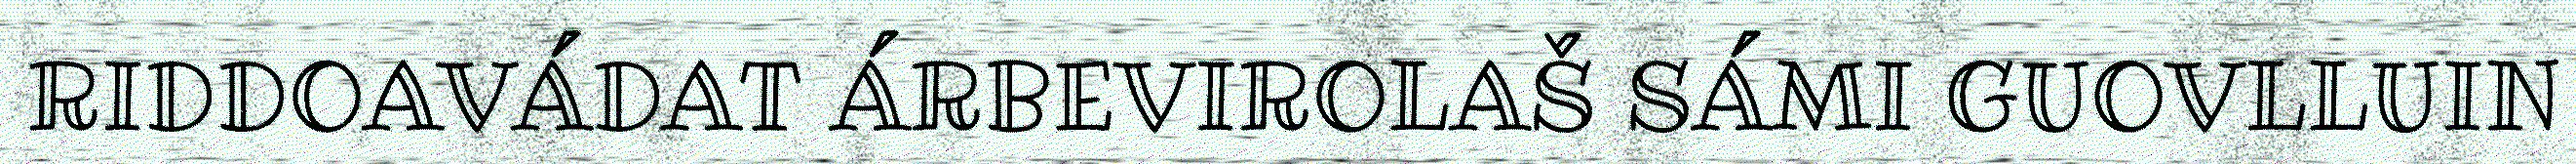
RIDDOAVÁDAT ÁRBEVIROLAŠ SÁMI GUOVLLUIN